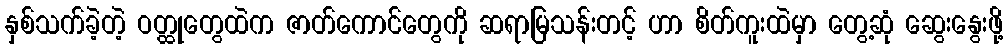
နှစ်သက်ခဲ့တဲ့ ဝတ္ထုတွေထဲက ဇာတ်ကောင်တွေကို ဆရာမြသန်းတင့် ဟာ စိတ်ကူးထဲမှာ တွေ့ဆုံ ဆွေးနွေးဖို့